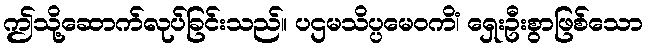
ဤသို့ဆောက်လုပ်ခြင်းသည်။ ပဌမသိပ္ပမေဝကိံ၊ ရှေးဦးစွာဖြစ်သော